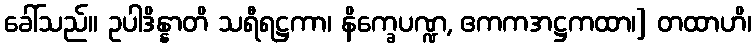
ခေါ်သည်။ ဥပါဒိန္နာတိ သရီရဋ္ဌကာ၊ နိက္ခေပဏ္ဍ, ဧကကအဋ္ဌကထာ၊] တထာဟိ၊